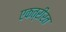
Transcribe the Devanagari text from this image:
एकत्रीरत